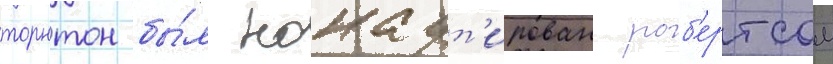
торнтон бы́л нокаут'ирован роб'ертсом